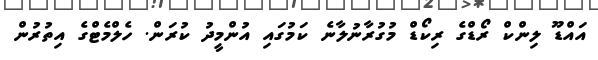
އައްޑޫ ލިންކް ރޯޑްގެ ރިކޯޑް މުގުރާނުލާނެ ކަމުގައި އުންމީދު ކުރަން. ހެލްމެޓްގެ އިތުރުން